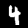
Digit: 4